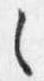
之